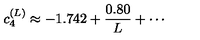
c _ { 4 } ^ { ( L ) } \approx - 1 . 7 4 2 + \frac { 0 . 8 0 } { L } + \cdots